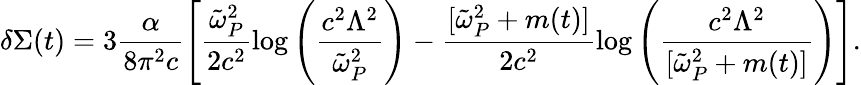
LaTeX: \delta\Sigma(t)={3}\frac{\alpha}{{8}\pi^{2}c}\left[\frac{\tilde{\omega}_{P}^{2}}{2c^{2}}\log\left(\frac{c^{2}\Lambda^{2}}{\tilde{\omega}_{P}^{2}}\right)-\frac{[\tilde{\omega}_{P}^{2}+m(t)]}{2c^{2}}\log\left(\frac{c^{2}\Lambda^{2}}{[\tilde{\omega}_{P}^{2}+m(t)]}\right)\right].